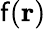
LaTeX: \mathsf{f}(\mathbf{{r}})